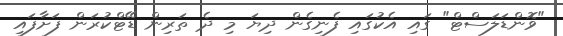
"ވޮންޑަލަސްޓް" ގައި އެކުގައި ފެނިގެން ދިޔަ މި ދެ ތަރިން ޑޭޓްކުރަން ފަށާފައި